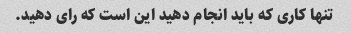
تنها کاری که باید انجام دهید این است که رای دهید.